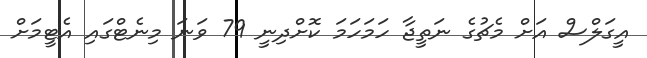
އީގަލްސް އަށް މެޗުގެ ނަތީޖާ ހަމަހަމަ ކޮށްދިނީ 79 ވަނަ މިނެޓްގައި އެޓީމަށް